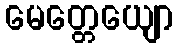
မေတ္တေယျော